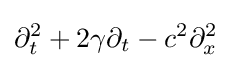
\partial _{t}^{2}+2\gamma \partial _{t}-c^{2}\partial _{x}^{2}